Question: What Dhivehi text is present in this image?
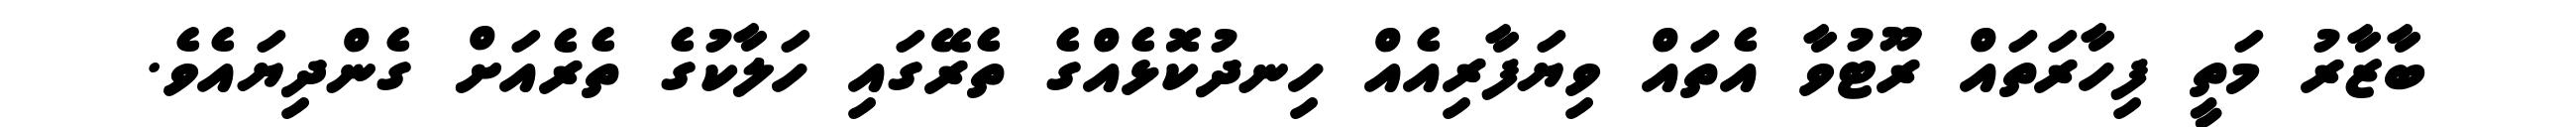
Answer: ބާޒާރު މަތީ ފިހާރަތައް ރޫޓުވާ އެތައް ވިޔަފާރިއެއް ހިނދުކޮޅެއްގެ ތެރޭގައި ހަލާކުގެ ތެރެއަށް ގެންދިޔައެވެ.